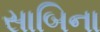
સાબિના